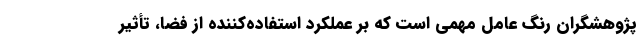
پژوهشگران رنگ عامل مهمی است که بر عملکرد استفاده‌کننده از فضا، تأثیر